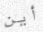
أين